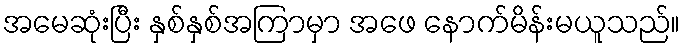
အမေဆုံးပြီး နှစ်နှစ်အကြာမှာ အဖေ နောက်မိန်းမယူသည်။